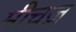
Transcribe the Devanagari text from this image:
मीचज़